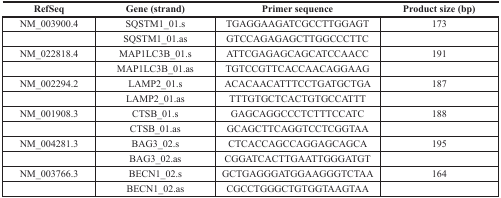
<table><thead><tr><td><b>RefSeq</b></td><td><b>Gene (strand)</b></td><td><b>Primer sequence</b></td><td><b>Product size (bp)</b></td></tr></thead><tbody><tr><td>NM_003900.4</td><td>SQSTM1_01.s</td><td>TGAGGAAGATCGCCTTGGAGT</td><td>173</td></tr><tr><td></td><td>SQSTM1_01.as</td><td>GTCCAGAGAGCTTGGCCCTTC</td><td></td></tr><tr><td>NM_022818.4</td><td>MAP1LC3B_01.s</td><td>ATTCGAGAGCAGCATCCAACC</td><td>191</td></tr><tr><td></td><td>MAP1LC3B_01.as</td><td>TGTCCGTTCACCAACAGGAAG</td><td></td></tr><tr><td>NM_002294.2</td><td>LAMP2_01.s</td><td>ACACAACATTTCCTGATGCTGA</td><td>187</td></tr><tr><td></td><td>LAMP2_01.as</td><td>TTTGTGCTCACTGTGCCATTT</td><td></td></tr><tr><td>NM_001908.3</td><td>CTSB_01.s</td><td>GAGCAGGCCCTCTTTCCATC</td><td>188</td></tr><tr><td></td><td>CTSB_01.as</td><td>GCAGCTTCAGGTCCTCGGTAA</td><td></td></tr><tr><td>NM_004281.3</td><td>BAG3_02.s</td><td>CTCACCAGCCAGGAGCAGCA</td><td>195</td></tr><tr><td></td><td>BAG3_02.as</td><td>CGGATCACTTGAATTGGGATGT</td><td></td></tr><tr><td>NM_003766.3</td><td>BECN1_02.s</td><td>GCTGAGGGATGGAAGGGTCTAA</td><td>164</td></tr><tr><td></td><td>BECN1_02.as</td><td>CGCCTGGGCTGTGGTAAGTAA</td><td></td></tr></tbody></table>